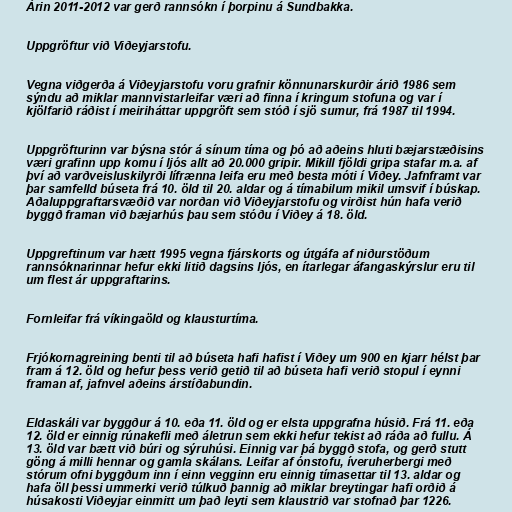
Árin 2011-2012 var gerð rannsókn í þorpinu á Sundbakka.

Uppgröftur við Viðeyjarstofu.

Vegna viðgerða á Viðeyjarstofu voru grafnir könnunarskurðir árið 1986 sem
sýndu að miklar mannvistarleifar væri að finna í kringum stofuna og var í
kjölfarið ráðist í meiriháttar uppgröft sem stóð í sjö sumur, frá 1987 til 1994.

Uppgröfturinn var býsna stór á sínum tíma og þó að aðeins hluti bæjarstæðisins
væri grafinn upp komu í ljós allt að 20.000 gripir. Mikill fjöldi gripa stafar m.a. af
því að varðveisluskilyrði lífrænna leifa eru með besta móti í Viðey. Jafnframt var
þar samfelld búseta frá 10. öld til 20. aldar og á tímabilum mikil umsvif í búskap.
Aðaluppgraftarsvæðið var norðan við Viðeyjarstofu og virðist hún hafa verið
byggð framan við bæjarhús þau sem stóðu í Viðey á 18. öld.

Uppgreftinum var hætt 1995 vegna fjárskorts og útgáfa af niðurstöðum
rannsóknarinnar hefur ekki litið dagsins ljós, en ítarlegar áfangaskýrslur eru til
um flest ár uppgraftarins.

Fornleifar frá víkingaöld og klausturtíma.

Frjókornagreining benti til að búseta hafi hafist í Viðey um 900 en kjarr hélst þar
fram á 12. öld og hefur þess verið getið til að búseta hafi verið stopul í eynni
framan af, jafnvel aðeins árstíðabundin.

Eldaskáli var byggður á 10. eða 11. öld og er elsta uppgrafna húsið. Frá 11. eða
12. öld er einnig rúnakefli með áletrun sem ekki hefur tekist að ráða að fullu. Á
13. öld var bætt við búri og sýruhúsi. Einnig var þá byggð stofa, og gerð stutt
göng á milli hennar og gamla skálans. Leifar af ónstofu, íveruherbergi með
stórum ofni byggðum inn í einn vegginn eru einnig tímasettar til 13. aldar og
hafa öll þessi ummerki verið túlkuð þannig að miklar breytingar hafi orðið á
húsakosti Viðeyjar einmitt um það leyti sem klaustrið var stofnað þar 1226.